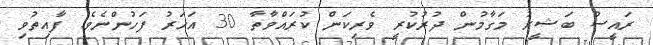
ރައީސް ބަޝީރު މަގާމުން ދުރުކުރީ ވެރިކަން ކުރައްވާތާ 30 އަހަރު ފަހުންނެވެ. ފާއިތުވި